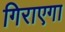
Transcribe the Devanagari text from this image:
गिराएगा